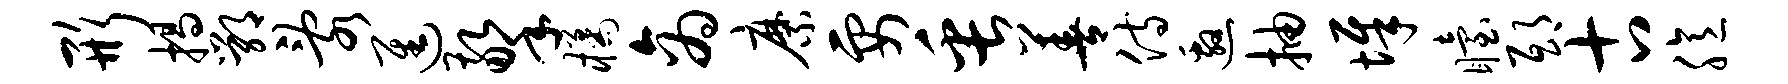
形揭鄂乱进擎橘商縻要缶善侍邀抽墀眙邸古臆